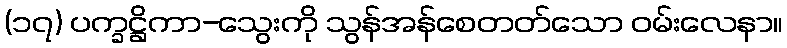
(၁၇) ပက္ခဋ္ဌိကာ-သွေးကို သွန်အန်စေတတ်သော ဝမ်းလေနာ။